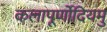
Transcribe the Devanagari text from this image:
कलापूर्णोदियमु